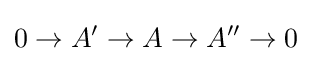
0\rightarrow A'\rightarrow A\rightarrow A''\rightarrow 0